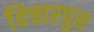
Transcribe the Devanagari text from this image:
विचारपुस